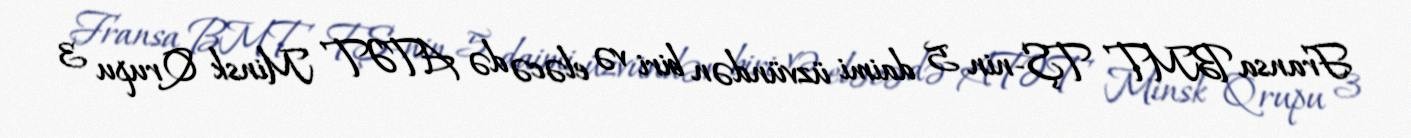
Fransa BMT TŞ-nin 5 daimi üzvündən biri və eləcə də ATƏT Minsk Qrupu 3